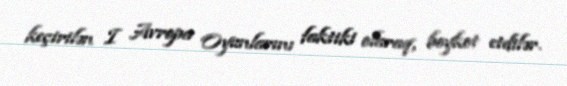
keçirilən I Avropa Oyunlarını faktiki olaraq, boykot etdilər.